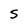
Character: 5